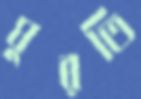
ঘুরতি